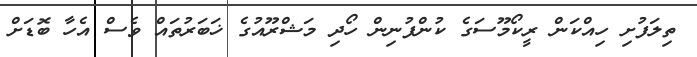
ތިލަފުށި ހިއްކަން ރީކޯމޫސަގެ ކުންފުނިން ހޯދި މަޝްރޫއުގެ ޚަބަރުތައް ވެސް އެހާ ބޮޑަށް